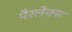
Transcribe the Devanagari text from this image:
पैरलैक्स